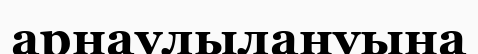
арнаулылануына